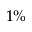
1 \%